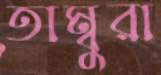
তাম্বুরা